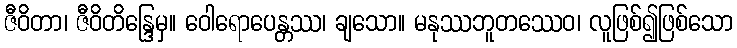
ဇီဝိတာ၊ ဇီဝိတိန္ဒြေမှ။ ဝေါရောပေန္တဿ၊ ချသော။ မနုဿဘူတဿေဝ၊ လူဖြစ်၍ဖြစ်သော